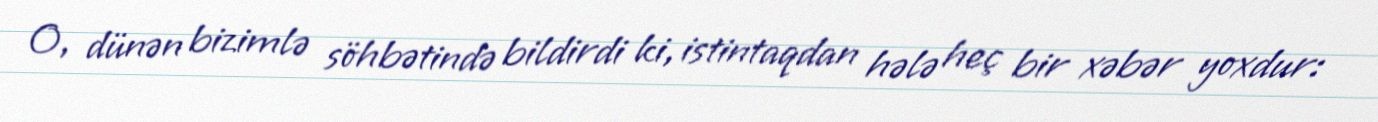
O, dünən bizimlə söhbətində bildirdi ki, istintaqdan hələ heç bir xəbər yoxdur: